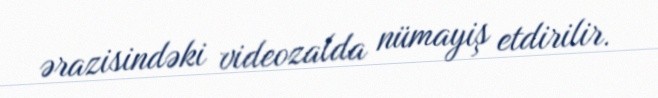
ərazisindəki videozalda nümayiş etdirilir.